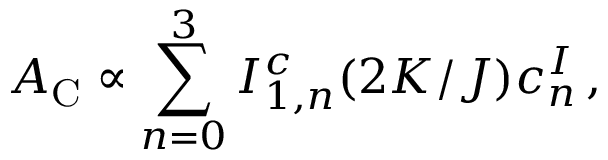
A _ { \mathrm { C } } \propto \sum _ { n = 0 } ^ { 3 } I _ { 1 , n } ^ { c } ( 2 K / J ) c _ { n } ^ { \cal I } \, ,